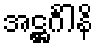
အဋ္ဌင်္ဂါနိ